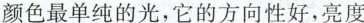
颜色最单纯的光，它的方向性好，亮度